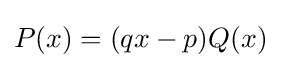
P(x)=(qx-p)Q(x)